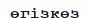
өгізкөз